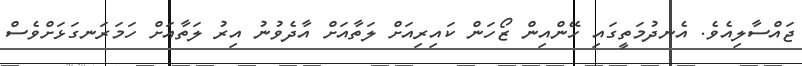
ޖައްސާލިއެވެ. އެނދުމަތީގައި ހޭންއިން ޒޯހަން ކައިރިއަށް ލަތާއަށް އާދެވުނު އިރު ލަތާއަށް ހަމަރަނގަޅަށްވެސް